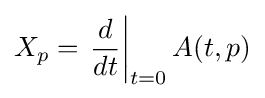
X_{p}=\left.{\frac {d}{dt}}\right|_{t=0}A(t,p)